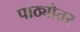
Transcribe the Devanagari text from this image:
पाठ्योतर